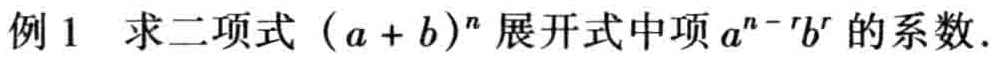
例1 求二项式\((a + b)^n\)展开式中项\(a^{n - r}b^{r}\)的系数.